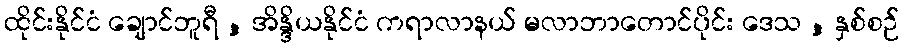
ထိုင်းနိုင်ငံ ချောင်ဘူရီ , အိန္ဒိယနိုင်ငံ ကရာလာနယ် မလာဘာတောင်ပိုင်း ဒေသ , နှစ်စဉ်